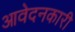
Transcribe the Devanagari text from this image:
आवेदनकारी